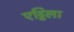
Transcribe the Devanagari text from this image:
एट्टिला